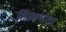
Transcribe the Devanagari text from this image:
भिन्नरूपता